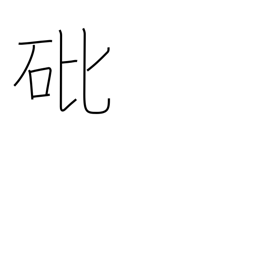
Meaning: arsenic